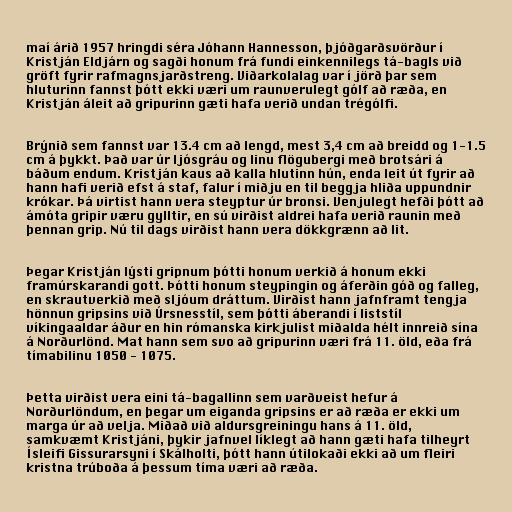
maí árið 1957 hringdi séra Jóhann Hannesson, þjóðgarðsvörður í
Kristján Eldjárn og sagði honum frá fundi einkennilegs tá-bagls við
gröft fyrir rafmagnsjarðstreng. Viðarkolalag var í jörð þar sem
hluturinn fannst þótt ekki væri um raunverulegt gólf að ræða, en
Kristján áleit að gripurinn gæti hafa verið undan trégólfi.

Brýnið sem fannst var 13.4 cm að lengd, mest 3,4 cm að breidd og 1-1.5
cm á þykkt. Það var úr ljósgráu og linu flögubergi með brotsári á
báðum endum. Kristján kaus að kalla hlutinn hún, enda leit út fyrir að
hann hafi verið efst á staf, falur í miðju en til beggja hliða uppundnir
krókar. Þá virtist hann vera steyptur úr bronsi. Venjulegt hefði þótt að
ámóta gripir væru gylltir, en sú virðist aldrei hafa verið raunin með
þennan grip. Nú til dags virðist hann vera dökkgrænn að lit.

Þegar Kristján lýsti gripnum þótti honum verkið á honum ekki
framúrskarandi gott. Þótti honum steypingin og áferðin góð og falleg,
en skrautverkið með sljóum dráttum. Virðist hann jafnframt tengja
hönnun gripsins við Úrsnesstíl, sem þótti áberandi í liststíl
víkingaaldar áður en hin rómanska kirkjulist miðalda hélt innreið sína
á Norðurlönd. Mat hann sem svo að gripurinn væri frá 11. öld, eða frá
tímabilinu 1050 - 1075.

Þetta virðist vera eini tá-bagallinn sem varðveist hefur á
Norðurlöndum, en þegar um eiganda gripsins er að ræða er ekki um
marga úr að velja. Miðað við aldursgreiningu hans á 11. öld,
samkvæmt Kristjáni, þykir jafnvel líklegt að hann gæti hafa tilheyrt
Ísleifi Gissurarsyni í Skálholti, þótt hann útilokaði ekki að um fleiri
kristna trúboða á þessum tíma væri að ræða.